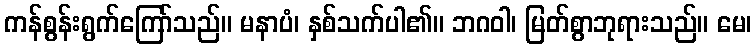
ကန်စွန်းရွက်ကြော်သည်။ မနာပံ၊ နှစ်သက်ပါ၏။ ဘဂဝါ၊ မြတ်စွာဘုရားသည်။ မေ၊